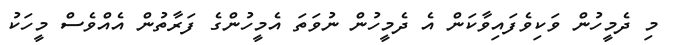
މި ދެމީހުން ވަކިވެފައިވާކަން އެ ދެމީހުން ނުވަތަ އެމީހުންގެ ފަރާތުން އެއްވެސް މީހަކު